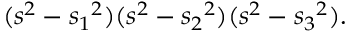
( s ^ { 2 } - { s _ { 1 } } ^ { 2 } ) ( s ^ { 2 } - { s _ { 2 } } ^ { 2 } ) ( s ^ { 2 } - { s _ { 3 } } ^ { 2 } ) .